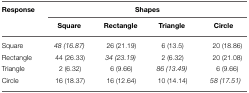
<table><thead><tr><td><b>Response</b></td><td colspan="4"><b>Shapes</b></td></tr><tr><td></td><td><b>Square</b></td><td><b>Rectangle</b></td><td><b>Triangle</b></td><td><b>Circle</b></td></tr></thead><tbody><tr><td>Square</td><td><i>48 (16.87)</i></td><td>26 (21.19)</td><td>6 (13.5)</td><td>20 (18.86)</td></tr><tr><td>Rectangle</td><td>44 (26.33)</td><td><i>34 (23.19)</i></td><td>2 (6.32)</td><td>20 (21.08)</td></tr><tr><td>Triangle</td><td>2 (6.32)</td><td>6 (9.66)</td><td><i>86 (13.49)</i></td><td>6 (9.66)</td></tr><tr><td>Circle</td><td>16 (18.37)</td><td>16 (12.64)</td><td>10 (14.14)</td><td><i>58 (17.51)</i></td></tr></tbody></table>